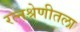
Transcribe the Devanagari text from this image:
रत्नश्रेणीतला